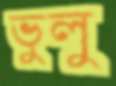
ভুলু